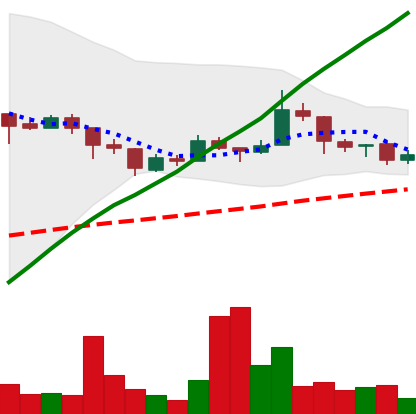
Ticker: LTC-USD
Chart end date: 2018-01-12
Forward return: -21.253%
Label: down_7plus